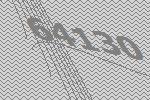
64130